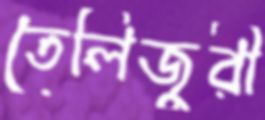
তেলিজুরী